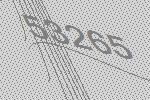
53265